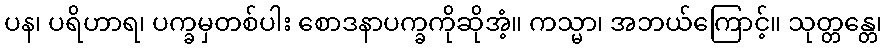
ပန၊ ပရိဟာရ၊ ပက္ခမှတစ်ပါး စောဒနာပက္ခကိုဆိုအံ့။ ကသ္မာ၊ အဘယ်ကြောင့်။ သုတ္တန္တေ၊